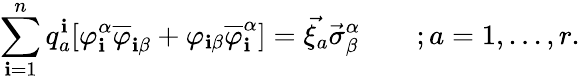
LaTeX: \sum_{\mathbf{i}=1}^{n}q_{a}^{\mathbf{i}}[\varphi_{\mathbf{i}}^{\alpha}\overline{{{{\varphi}}}}_{\mathbf{i}\beta}+\varphi_{\mathbf{i}\beta}\overline{{{{\varphi}}}}_{\mathbf{i}}^{\alpha}]=\vec{{\xi_{a}}}\vec{{\sigma}}_{\beta}^{\alpha}\qquad;a=1,...,r.